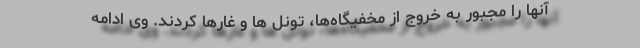
آنها را مجبور به خروج از مخفیگاه‌ها، تونل ها و غارها کردند. وی ادامه